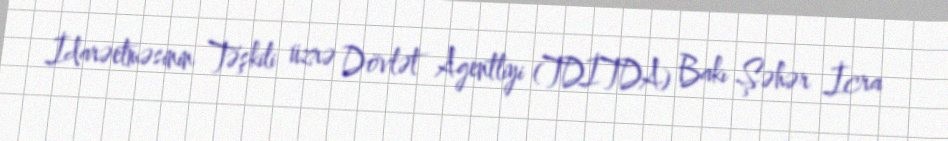
İdarəetməsinin Təşkili üzrə Dövlət Agentliyi (TDİTDA) Bakı Şəhər İcra